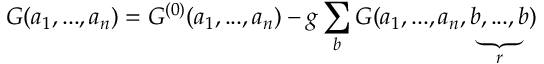
{ { \cal G } } ( a _ { 1 } , . . . , a _ { n } ) = { G } ^ { ( 0 ) } ( a _ { 1 } , . . . , a _ { n } ) - g \sum _ { b } { { \cal G } } ( a _ { 1 } , . . . , a _ { n } , \underbrace { b , . . . , b } _ { r } )